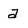
Character: a